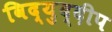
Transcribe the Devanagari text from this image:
विद्युद्दीप